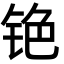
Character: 铯